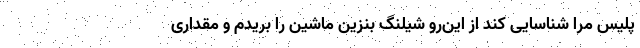
پلیس مرا شناسایی کند از این‌رو شیلنگ بنزین ماشین را بریدم و مقداری